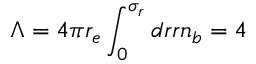
\Lambda = 4 \pi r _ { e } \int _ { 0 } ^ { \sigma _ { r } } d r r n _ { b } = 4